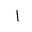
Letter: _alif